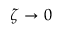
\zeta \to 0